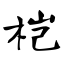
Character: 桤